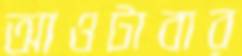
আওটাবার